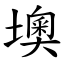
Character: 墺